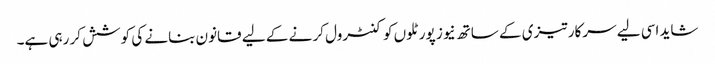
شاید اسی لیے سرکار تیزی کے ساتھ نیوز پورٹلوں کو کنٹرول کر نے کے لیے قانون بنانے کی کوشش کر رہی ہے۔